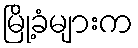
မြို့ခံများက